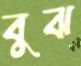
বুঝ